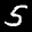
Label: 5